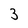
Character: 3